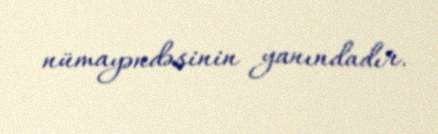
nümayəndəsinin yanındadır.